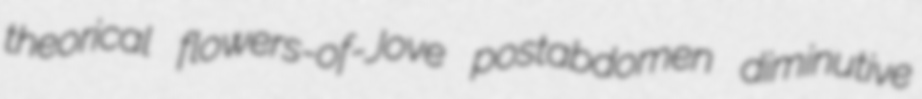
theorical flowers-of-Jove postabdomen diminutive